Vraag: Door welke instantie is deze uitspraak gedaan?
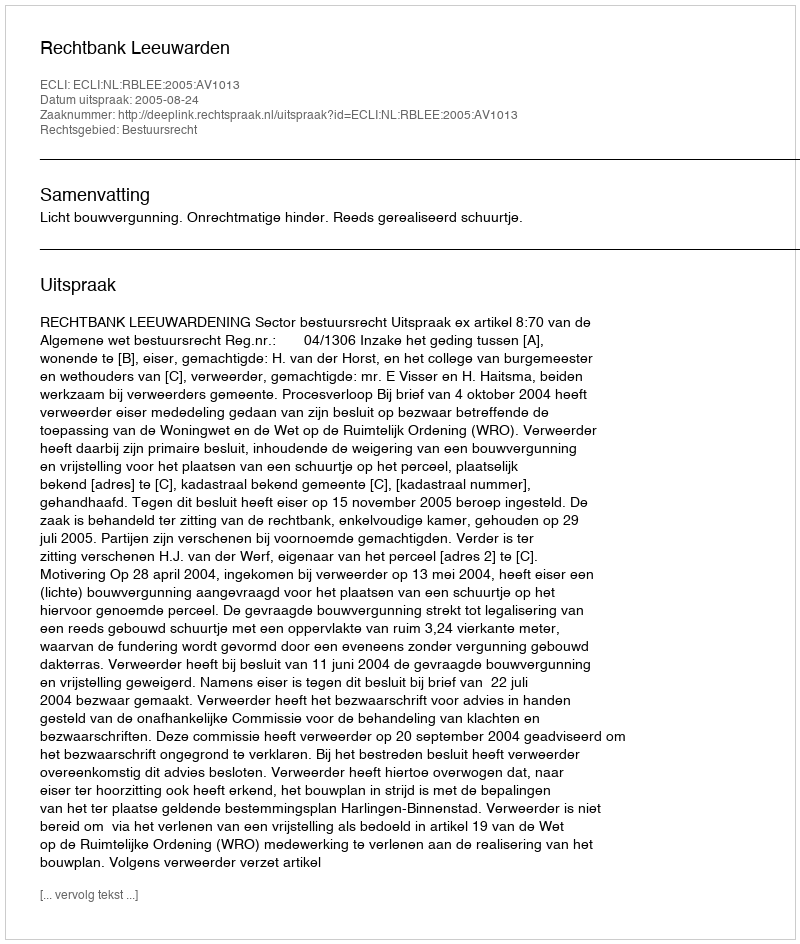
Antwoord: Rechtbank Leeuwarden